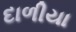
દાળીયા